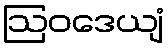
ဩဝဒေယျံ